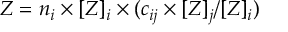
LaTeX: Z = n _ { i } \times [ Z ] _ { i } \times ( c _ { i j } \times [ Z ] _ { j } / [ Z ] _ { i } )